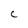
Character: C